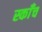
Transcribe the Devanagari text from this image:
स्काँच